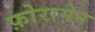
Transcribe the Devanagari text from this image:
फ़ोरामेन